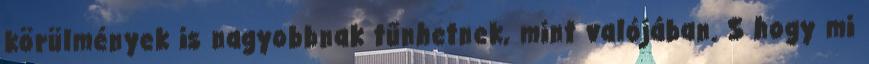
körülmények is nagyobbnak tűnhetnek, mint valójában. S hogy mi